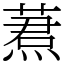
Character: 蔒